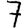
Digit: 7